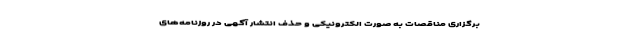
برگزاری مناقصات به صورت الکترونیکی و حذف انتشار آگهی در روزنامه­‌های